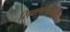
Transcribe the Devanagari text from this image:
सिक्लोपीरोक्ष